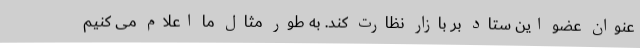
عنوان عضو این ستاد بر بازار نظارت کند. به طور مثال ما اعلام می کنیم